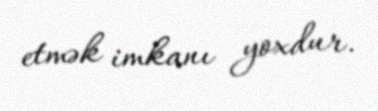
etmək imkanı yoxdur.